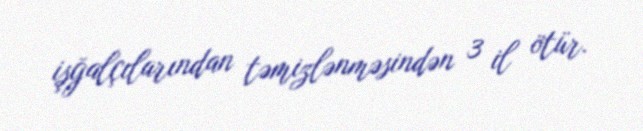
işğalçılarından təmizlənməsindən 3 il ötür.